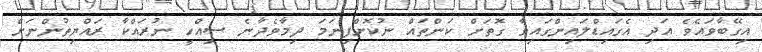
އިގޭބާވައެވެ އަދި އެގައިޑްލައިންގައިވާ ގޮތަށް ކަންތައް ނުކޮށްފިނަމަ ދިމާވެދާނެ ސިއްހީ ނުރައްކާ ރައްޔިތުންނަށް